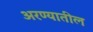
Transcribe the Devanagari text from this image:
अरण्यातील